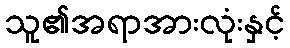
သူ၏အရာအားလုံးနှင့်